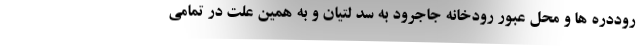
روددره ها و محل عبور رودخانه جاجرود به سد لتیان و به همین علت در تمامی